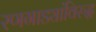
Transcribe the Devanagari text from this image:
रणगाड्यांविरुद्ध